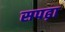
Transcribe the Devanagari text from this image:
सपढ़ा